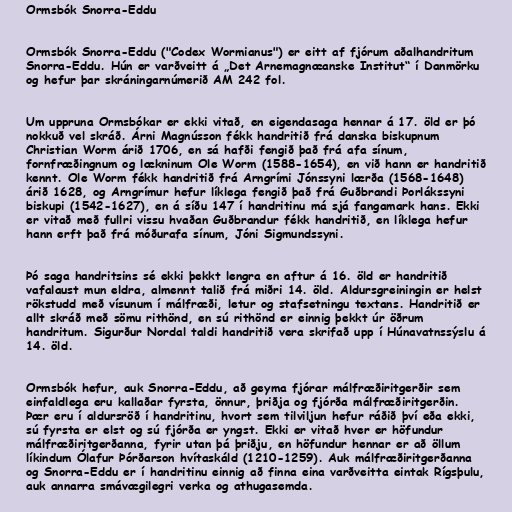
Ormsbók Snorra-Eddu

Ormsbók Snorra-Eddu ("Codex Wormianus") er eitt af fjórum aðalhandritum
Snorra-Eddu. Hún er varðveitt á „Det Arnemagnæanske Institut“ í Danmörku
og hefur þar skráningarnúmerið AM 242 fol.

Um uppruna Ormsbókar er ekki vitað, en eigendasaga hennar á 17. öld er þó
nokkuð vel skráð. Árni Magnússon fékk handritið frá danska biskupnum
Christian Worm árið 1706, en sá hafði fengið það frá afa sínum,
fornfræðingnum og lækninum Ole Worm (1588-1654), en við hann er handritið
kennt. Ole Worm fékk handritið frá Arngrími Jónssyni lærða (1568-1648)
árið 1628, og Arngrímur hefur líklega fengið það frá Guðbrandi Þorlákssyni
biskupi (1542-1627), en á síðu 147 í handritinu má sjá fangamark hans. Ekki
er vitað með fullri vissu hvaðan Guðbrandur fékk handritið, en líklega hefur
hann erft það frá móðurafa sínum, Jóni Sigmundssyni.

Þó saga handritsins sé ekki þekkt lengra en aftur á 16. öld er handritið
vafalaust mun eldra, almennt talið frá miðri 14. öld. Aldursgreiningin er helst
rökstudd með vísunum í málfræði, letur og stafsetningu textans. Handritið er
allt skráð með sömu rithönd, en sú rithönd er einnig þekkt úr öðrum
handritum. Sigurður Nordal taldi handritið vera skrifað upp í Húnavatnssýslu á
14. öld.

Ormsbók hefur, auk Snorra-Eddu, að geyma fjórar málfræðiritgerðir sem
einfaldlega eru kallaðar fyrsta, önnur, þriðja og fjórða málfræðiritgerðin.
Þær eru í aldursröð í handritinu, hvort sem tilviljun hefur ráðið því eða ekki,
sú fyrsta er elst og sú fjórða er yngst. Ekki er vitað hver er höfundur
málfræðiritgerðanna, fyrir utan þá þriðju, en höfundur hennar er að öllum
líkindum Ólafur Þórðarson hvítaskáld (1210-1259). Auk málfræðiritgerðanna
og Snorra-Eddu er í handritinu einnig að finna eina varðveitta eintak Rígsþulu,
auk annarra smávægilegri verka og athugasemda.